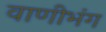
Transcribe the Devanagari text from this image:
वाणीभंग